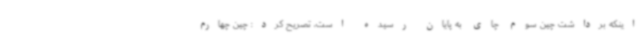
اینکه برداشت چین سوم چای به پایان رسیده است، تصریح کرد: چین چهارم